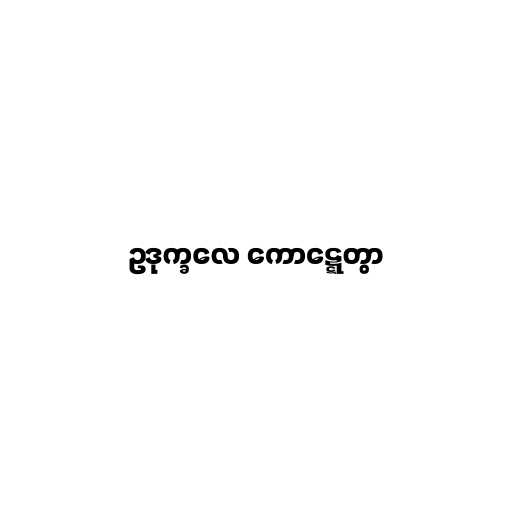
ဥဒုက္ခလေ ကောဋ္ဋေတွာ